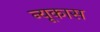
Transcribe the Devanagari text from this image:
न्यूकास